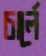
চার্লে